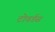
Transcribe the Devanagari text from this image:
टोवर्डस